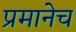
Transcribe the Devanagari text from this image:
प्रमानेच